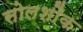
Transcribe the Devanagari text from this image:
सोलशौक